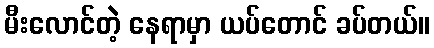
မီးလောင်တဲ့ နေရာမှာ ယပ်တောင် ခပ်တယ်။